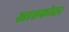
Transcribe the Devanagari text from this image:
स्नात्तकोत्तर